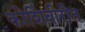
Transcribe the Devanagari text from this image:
कोशिंबीरीत